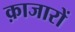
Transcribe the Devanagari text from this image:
क़ाजारों